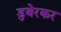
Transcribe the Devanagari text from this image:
डुबेरकर